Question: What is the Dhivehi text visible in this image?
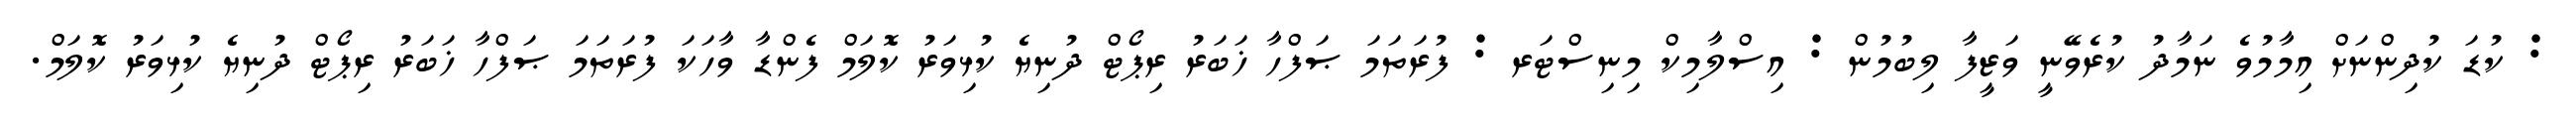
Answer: : ކުޑަ ކުދިންނަށް އިމާމުވެ ނަމާދު ކުރެވޭނީ ވަޒީފާ ލިބުމުން : އިސްލާމިކް މިނިސްޓަރ : ފުރަތަމަ ޞަފްހާ ޚަބަރު ރިޕޯޓް ދުނިޔެ ކުޅިވަރު ކޮލަމް ފެންޑާ ވާހަކަ ފުރަތަމަ ޞަފްހާ ޚަބަރު ރިޕޯޓް ދުނިޔެ ކުޅިވަރު ކޮލަމް.